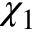
\chi _ { 1 }